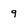
Character: 9